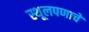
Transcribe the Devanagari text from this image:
स्थूलपणाचे